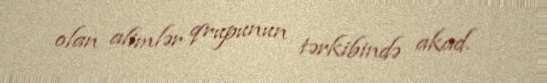
olan alimlər qrupunun tərkibində akad.